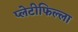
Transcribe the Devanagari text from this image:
प्लेटीफिल्ला